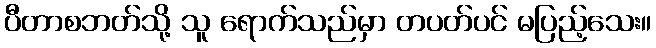
ပီတာစဘတ်သို့ သူ ရောက်သည်မှာ တပတ်ပင် မပြည့်သေး။